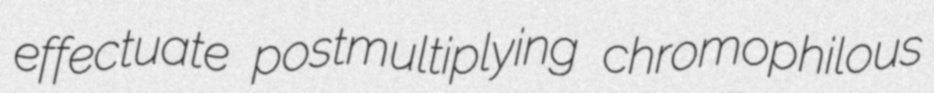
effectuate postmultiplying chromophilous